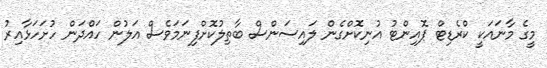
މީގެ މާނައަކީ ކްރެޑިޓް ޕޮއިންޓު އުނިކޮށްގެން ލައިސަންސް ބާތިލުކޮށްފިނަމަވެސް އަލުން ހައްދަން ހުށަހަޅާއިރު